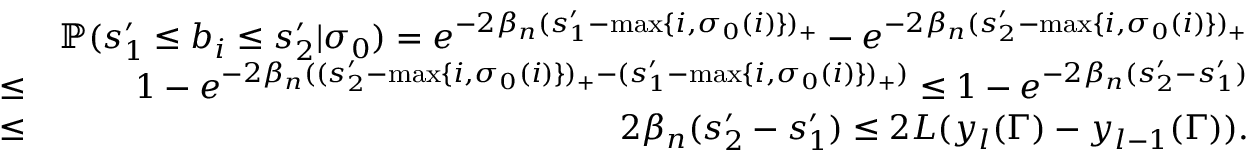
\begin{array} { r l r } & { } & { \mathbb { P } ( s _ { 1 } ^ { \prime } \leq b _ { i } \leq s _ { 2 } ^ { \prime } | \sigma _ { 0 } ) = e ^ { - 2 \beta _ { n } ( s _ { 1 } ^ { \prime } - \operatorname* { m a x } \{ i , \sigma _ { 0 } ( i ) \} ) _ { + } } - e ^ { - 2 \beta _ { n } ( s _ { 2 } ^ { \prime } - \operatorname* { m a x } \{ i , \sigma _ { 0 } ( i ) \} ) _ { + } } } \\ & { \leq } & { 1 - e ^ { - 2 \beta _ { n } ( ( s _ { 2 } ^ { \prime } - \operatorname* { m a x } \{ i , \sigma _ { 0 } ( i ) \} ) _ { + } - ( s _ { 1 } ^ { \prime } - \operatorname* { m a x } \{ i , \sigma _ { 0 } ( i ) \} ) _ { + } ) } \leq 1 - e ^ { - 2 \beta _ { n } ( s _ { 2 } ^ { \prime } - s _ { 1 } ^ { \prime } ) } } \\ & { \leq } & { 2 \beta _ { n } ( s _ { 2 } ^ { \prime } - s _ { 1 } ^ { \prime } ) \leq 2 L ( y _ { l } ( \Gamma ) - y _ { l - 1 } ( \Gamma ) ) . } \end{array}